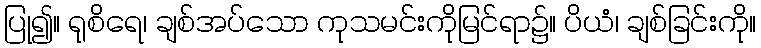
ပြု၍။ ရုစိရေ၊ ချစ်အပ်သော ကုသမင်းကိုမြင်ရာ၌။ ပိယံ၊ ချစ်ခြင်းကို။